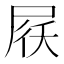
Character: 𡱱